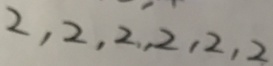
2 , 2 , 2 , 2 , 2 , 2